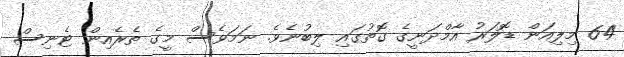
64 މިލިއަން ޑޮލަރު އާމްދަނީގެ ގޮތުގައި ލިބުނެވެ. ނަމަވެސް މީގެ ތެރެއިން ޓެނިސް